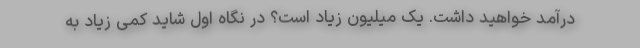
درآمد خواهید داشت. یک میلیون زیاد است؟ در نگاه اول شاید کمی زیاد به